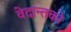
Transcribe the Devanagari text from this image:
वेदान्तकाे